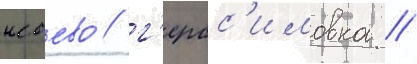
исаево / г'ерас'имовка /